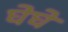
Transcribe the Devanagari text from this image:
घेघे